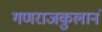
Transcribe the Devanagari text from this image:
गणराजकुलानं